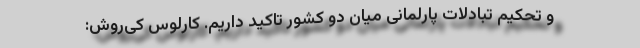
و تحکیم تبادلات پارلمانی میان دو کشور تاکید داریم. کارلوس کی‌روش: